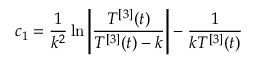
\displaystyle c _ { 1 } = \frac { 1 } { k ^ { 2 } } \ln \left\vert \frac { T ^ { [ 3 ] } ( t ) } { T ^ { [ 3 ] } ( t ) - k } \right\vert - \frac { 1 } { k T ^ { [ 3 ] } ( t ) }